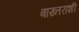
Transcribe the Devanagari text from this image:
बाख्तराशी